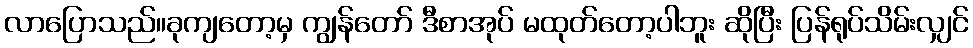
လာပြောသည်။ခုကျတော့မှ ကျွန်တော် ဒီစာအုပ် မထုတ်တော့ပါဘူး ဆိုပြီး ပြန်ရုပ်သိမ်းလျှင်